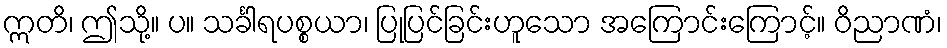
ဣတိ၊ ဤသို့။ ပ။ သင်္ခါရပစ္စယာ၊ ပြုပြင်ခြင်းဟူသော အကြောင်းကြောင့်။ ဝိညာဏံ၊